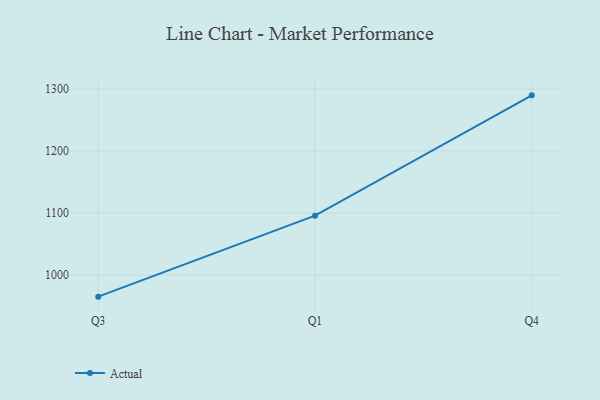
{"axis": {"x": "Quarter", "y": "Revenue (USD Million)"}, "legend": ["Actual"], "data": [{"x": "Q3", "y": 964.9, "type": "Actual"}, {"x": "Q1", "y": 1095.6, "type": "Actual"}, {"x": "Q4", "y": 1289.8, "type": "Actual"}]}